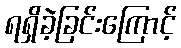
ရရှိခဲ့ခြင်းကြောင့်